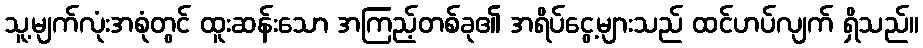
သူ့မျက်လုံးအစုံတွင် ထူးဆန်းသော အကြည့်တစ်ခု၏ အရိပ်ငွေ့များသည် ထင်ဟပ်လျက် ရှိသည်။